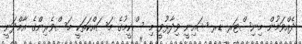
ދެއްވަމުން މިނިސްޓަރ ޑރ ޝައިނީ ވިދާޅުވީ މި ސްކީމުގެ މަސައްކަތަކީ މަސްވެރިންގެ އާމްދަނީ